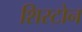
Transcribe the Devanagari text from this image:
शिस्टोन